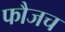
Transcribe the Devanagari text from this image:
फौजच